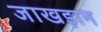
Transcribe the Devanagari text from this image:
जाखड़ान